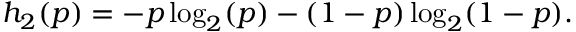
h _ { 2 } ( p ) = - p \log _ { 2 } ( p ) - ( 1 - p ) \log _ { 2 } ( 1 - p ) .